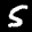
Label: 5